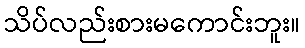
သိပ်လည်းစားမကောင်းဘူး။